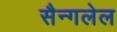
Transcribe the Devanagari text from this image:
सैन्गलेल